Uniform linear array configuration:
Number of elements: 24
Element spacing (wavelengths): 0.25
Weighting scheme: exponential
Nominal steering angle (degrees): -45
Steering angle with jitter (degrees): -46.838
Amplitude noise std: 0.05
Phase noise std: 0.05

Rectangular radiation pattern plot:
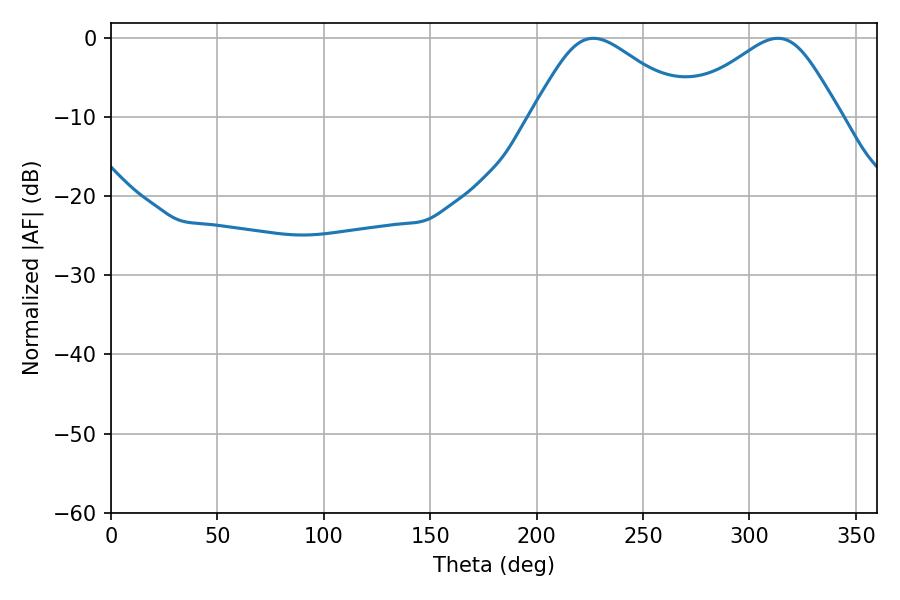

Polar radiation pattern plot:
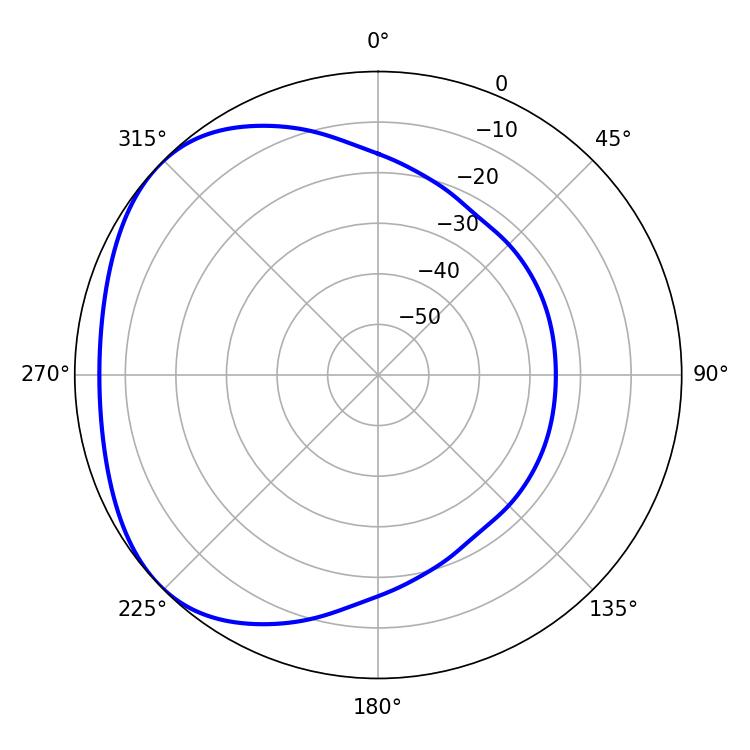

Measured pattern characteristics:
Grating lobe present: FALSE
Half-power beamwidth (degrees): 37.08
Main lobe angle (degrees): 226.62